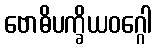
ဗောဓိပက္ခိယဝဂ္ဂေါ